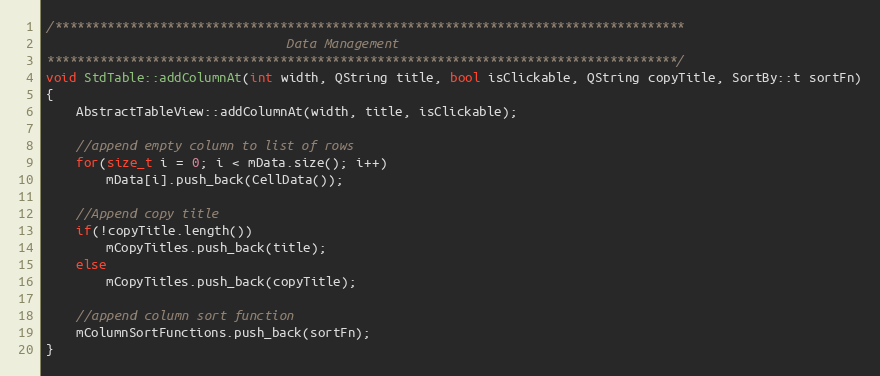
Language: C++
/************************************************************************************
                                Data Management
************************************************************************************/
void StdTable::addColumnAt(int width, QString title, bool isClickable, QString copyTitle, SortBy::t sortFn)
{
    AbstractTableView::addColumnAt(width, title, isClickable);

    //append empty column to list of rows
    for(size_t i = 0; i < mData.size(); i++)
        mData[i].push_back(CellData());

    //Append copy title
    if(!copyTitle.length())
        mCopyTitles.push_back(title);
    else
        mCopyTitles.push_back(copyTitle);

    //append column sort function
    mColumnSortFunctions.push_back(sortFn);
}